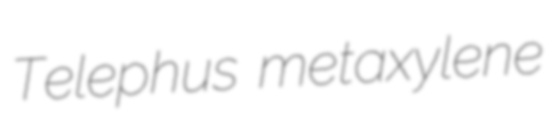
Telephus metaxylene